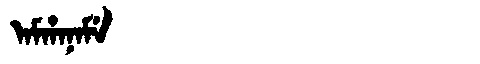
Manchu: ᠠᠮᡥᠠᠨᠠᠮᡝ
Romanization: AMHANAME